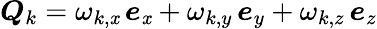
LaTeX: \boldsymbol{Q}_{k}=\omega_{k,\mathit{x}}\, \boldsymbol{e}_{\mathit{x}}+\omega_{k,y}\, \boldsymbol{e}_{y}+\omega_{k,z}\, \boldsymbol{e}_{z}